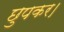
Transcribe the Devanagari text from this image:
छुपकर।